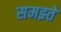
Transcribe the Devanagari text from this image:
समझ्ते